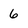
Character: 6